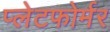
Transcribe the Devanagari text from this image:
प्लेटफोर्मर